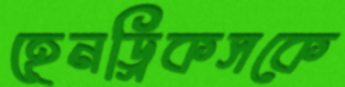
হেনড্রিকসকে